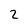
Character: 2